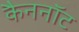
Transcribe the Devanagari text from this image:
कैननॉट